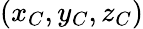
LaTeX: (x_{C},y_{C},z_{C})